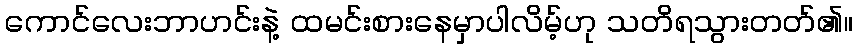
ကောင်လေးဘာဟင်းနဲ့ ထမင်းစားနေမှာပါလိမ့်ဟု သတိရသွားတတ်၏။